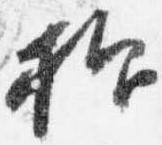
抑